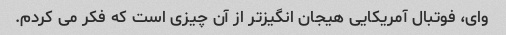
وای، فوتبال آمریکایی هیجان انگیزتر از آن چیزی است که فکر می کردم.